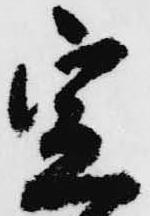
定